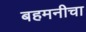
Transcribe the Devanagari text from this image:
बहमनीचा